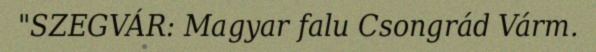
"SZEGVÁR: Magyar falu Csongrád Várm.